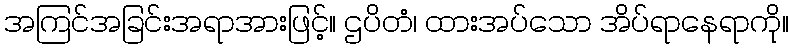
အကြင်အခြင်းအရာအားဖြင့်။ ဌပိတံ၊ ထားအပ်သော အိပ်ရာနေရာကို။